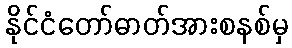
နိုင်ငံတော်ဓာတ်အားစနစ်မှ